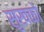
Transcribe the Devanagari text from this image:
सुखको